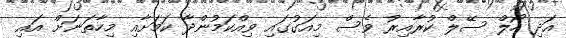
އަދި ހޯލް ސޭލް ކުރާއިރު ވެސް މިއަގުގައި ވިއްކަމުންދާ ކަމަށާއި މިހާތަނަށް އައި